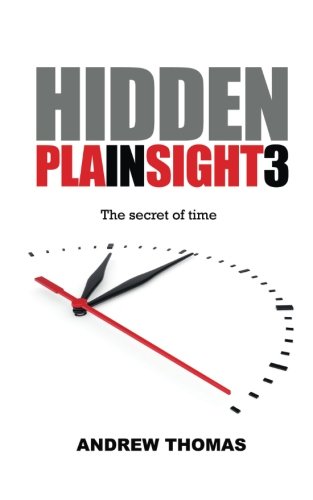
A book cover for Hidden in Plain Sight 3: The Secret Of Time; Dr. Andrew H. Thomas; Science & Math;